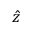
\hat { z }